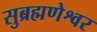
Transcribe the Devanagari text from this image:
सुब्रह्मणेश्वर